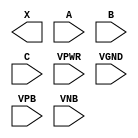
module sky130_fd_sc_hdll__or3 (
    X   ,
    A   ,
    B   ,
    C   ,
    VPWR,
    VGND,
    VPB ,
    VNB
);

    output X   ;
    input  A   ;
    input  B   ;
    input  C   ;
    input  VPWR;
    input  VGND;
    input  VPB ;
    input  VNB ;
endmodule